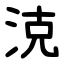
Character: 㳳